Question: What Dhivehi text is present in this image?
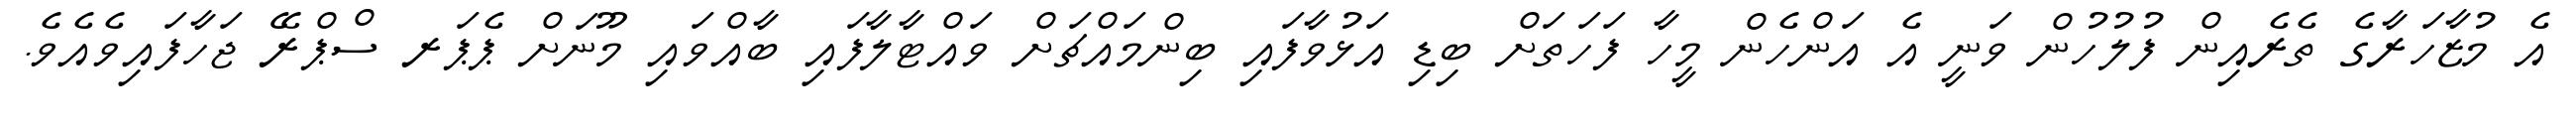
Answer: އެ މުޒާހަރާގެ ތެރެއިން ފުލުހުން ވަނީ އެ އަންހެން މީހާ ފަހަތަށް ބިޑި އަޅުވާފައި ބިންމައްޗަށް ވައްޓާލާފައި ބާއްވައި މޫނަށް ޕެޕަރ ސްޕްރޭ ޖަހާފައިވެއެވެ.